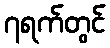
၇ရက်တွင်